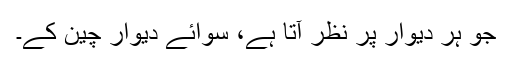
جو ہر دیوار پر نظر آتا ہے، سوائے دیوار چین کے۔